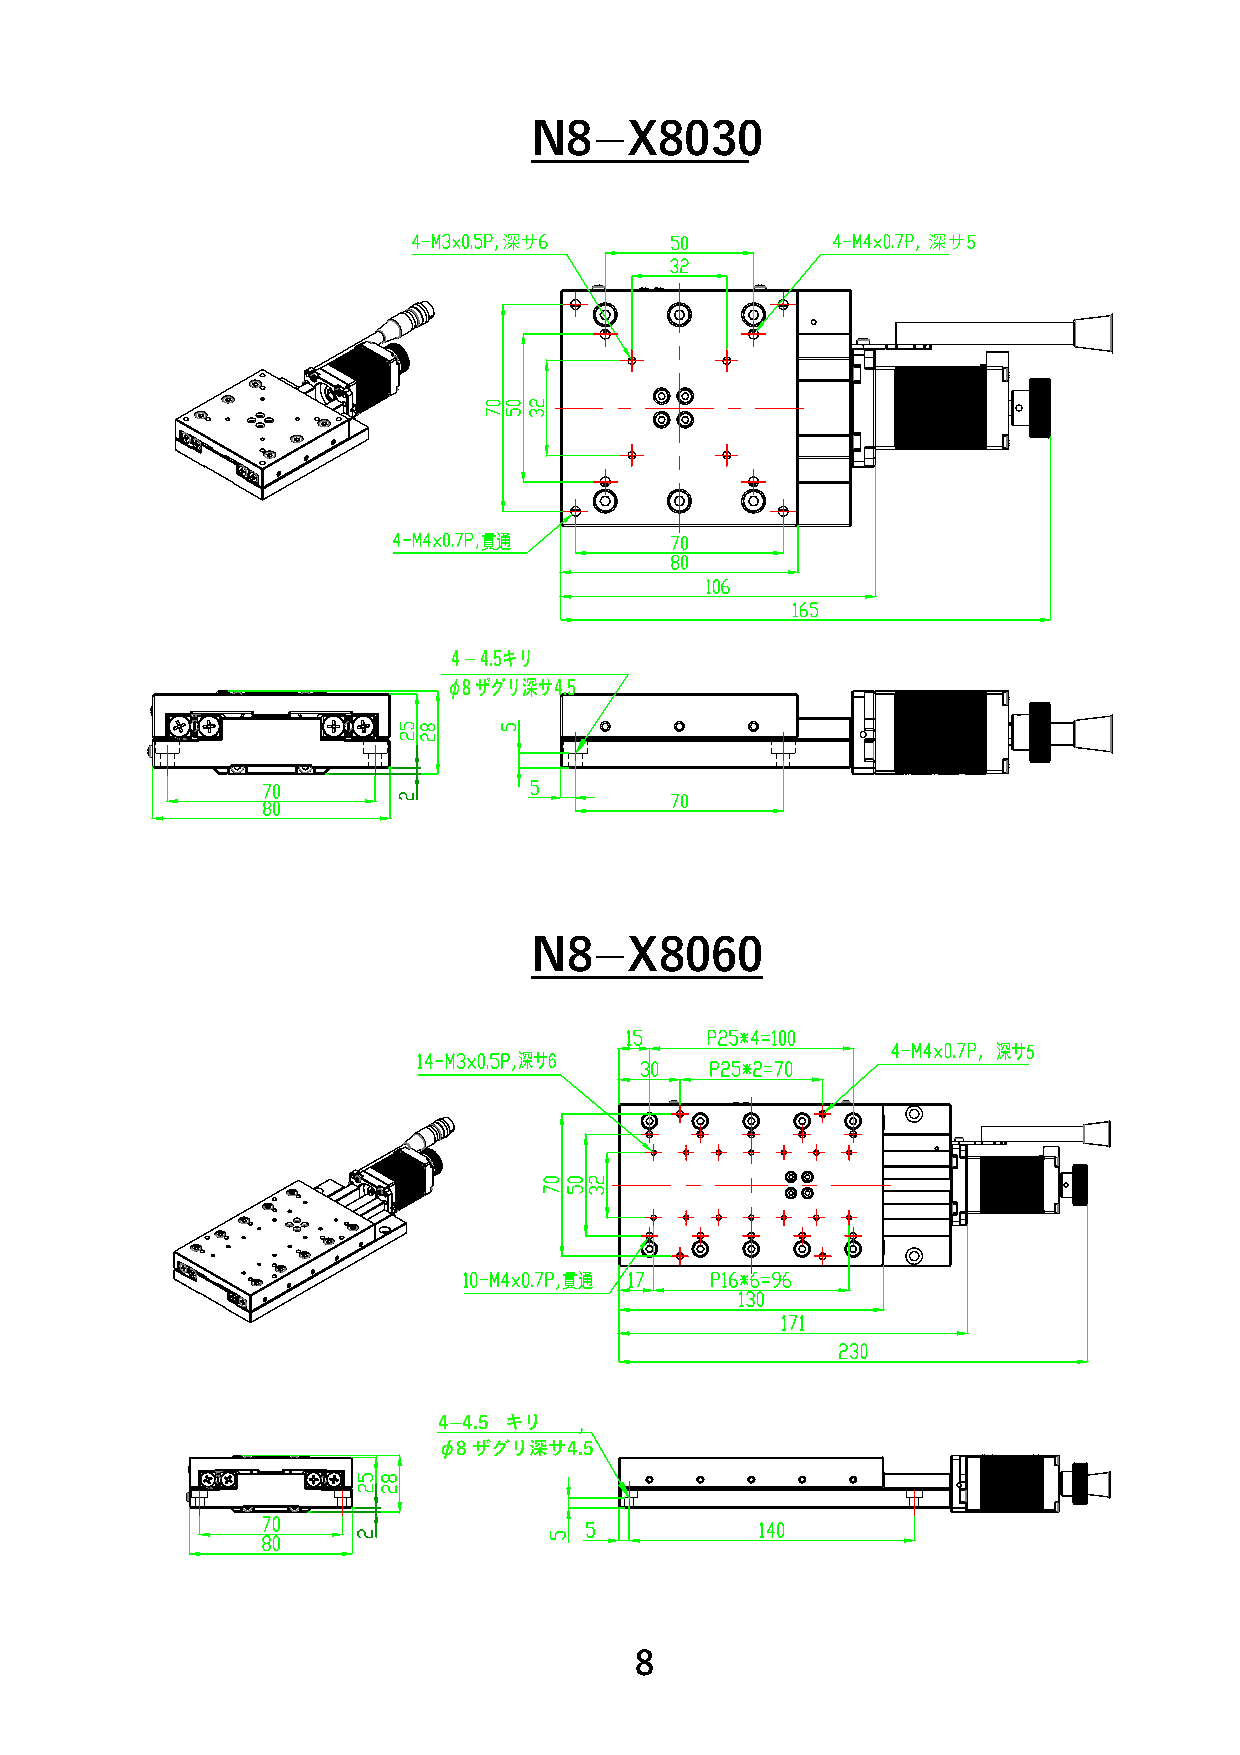
N8­X8030
 深サ                          深サ5
 貫通
 4 ­ 4.5キリ
 φ8 ザグリ深サ4.5
 N8­X8060
 深サ5
 深サ6
 貫通
 4­­4.5 キリ
 φ8 ザグリ深サ4.5
 8